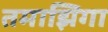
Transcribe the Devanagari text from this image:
तमाझिगा